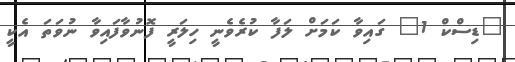
"ޑިސްކް 1" ގައިވާ ކަމަށް ލަފާ ކުރެވެނީ ހިލަރީ ފޮނުވާފައިވާ ނުވަތަ އެކީ